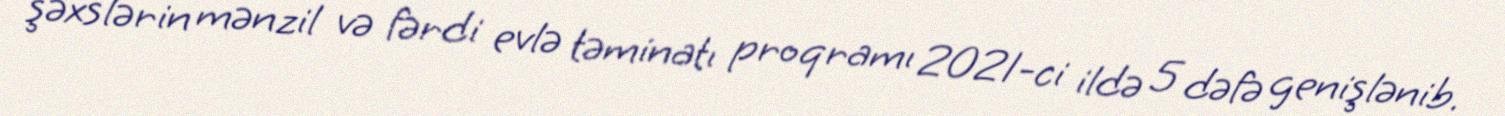
şəxslərin mənzil və fərdi evlə təminatı proqramı 2021-ci ildə 5 dəfə genişlənib.